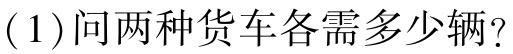
(1)问两种货车各需多少辆？